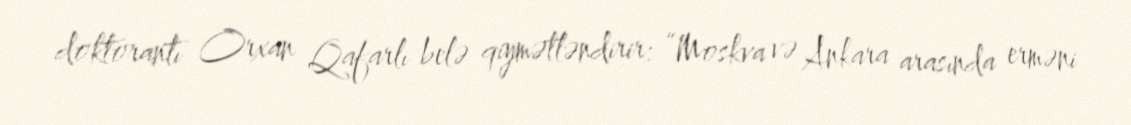
doktorantı Orxan Qafarlı belə qiymətləndirir: “Moskva və Ankara arasında erməni